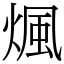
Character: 煈